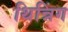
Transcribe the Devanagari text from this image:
थिन्निंग